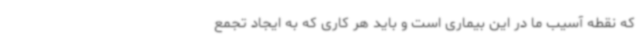
که نقطه آسیب ما در این بیماری است و باید هر کاری که به ایجاد تجمع